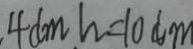
4 d m h = 1 0 d m